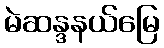
မဲဆန္ဒနယ်မြေ